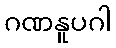
ဂဏနူပဂါ